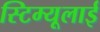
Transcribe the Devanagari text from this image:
स्टिम्यूलाई